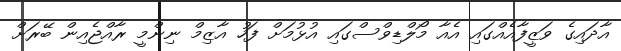
އާދައިގެ ވަޒީފާއެއްގައި އެއާ މޯލްޑިވްސްގައި އުޅުމަށް ފަހު އާޒިމް ނިންމީ ރާއްޖެއިން ބޭރަށް